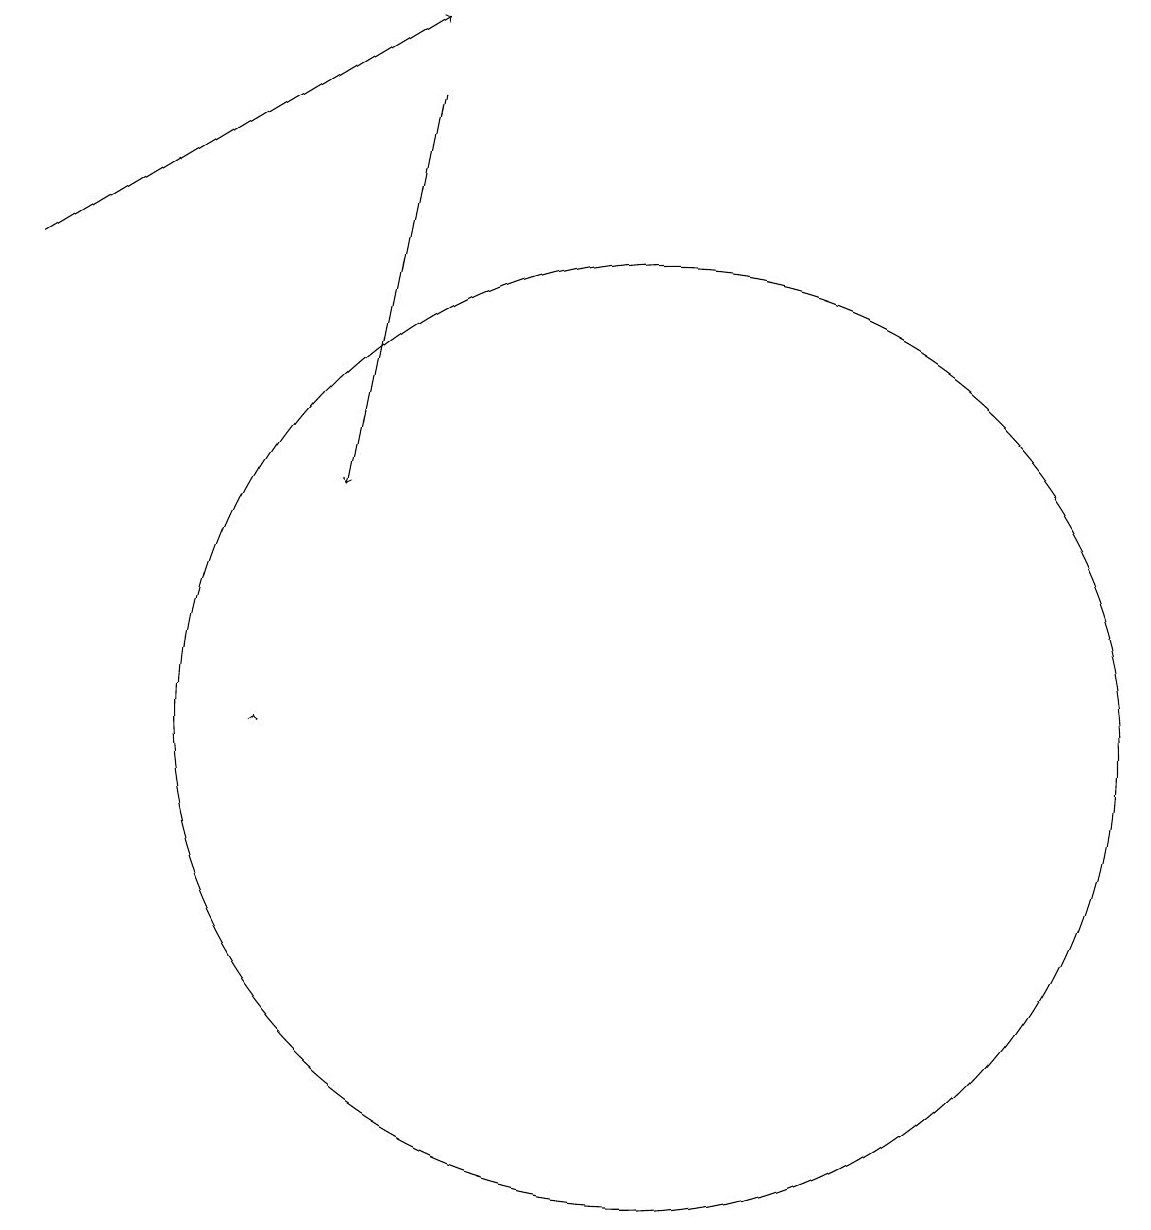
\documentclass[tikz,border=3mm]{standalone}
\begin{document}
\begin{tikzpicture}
\draw[->] (6,10) -- (6,10);
\draw[->] (8,18) -- (7,13);
\draw[->] (3,16) -- (8,19);
\draw (11,10) circle (6);
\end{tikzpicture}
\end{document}